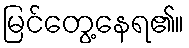
မြင်တွေ့နေရ၏။